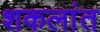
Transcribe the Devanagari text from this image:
शकलांत